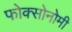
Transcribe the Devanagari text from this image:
फोक्सोनोमी